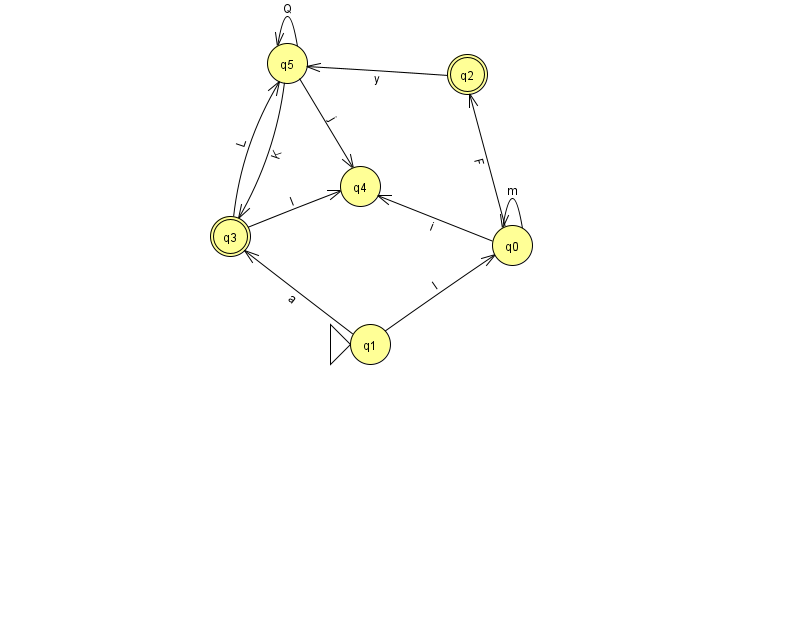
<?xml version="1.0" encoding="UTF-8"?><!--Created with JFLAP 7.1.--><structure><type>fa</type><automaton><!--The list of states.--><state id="0" name="q0"><x>512.0</x><y>232.0</y></state><state id="1" name="q1"><x>370.0</x><y>331.0</y><initial/></state><state id="2" name="q2"><x>467.0</x><y>61.0</y><final/></state><state id="3" name="q3"><x>230.0</x><y>223.0</y><final/></state><state id="4" name="q4"><x>360.0</x><y>173.0</y></state><state id="5" name="q5"><x>287.0</x><y>50.0</y></state><!--The list of transitions.--><transition><from>0</from><to>4</to><read>i</read></transition><transition><from>5</from><to>5</to><read>Q</read></transition><transition><from>0</from><to>2</to><read>F</read></transition><transition><from>5</from><to>3</to><read>K</read></transition><transition><from>1</from><to>0</to><read>l</read></transition><transition><from>3</from><to>4</to><read>l</read></transition><transition><from>1</from><to>3</to><read>a</read></transition><transition><from>2</from><to>5</to><read>y</read></transition><transition><from>0</from><to>0</to><read>m</read></transition><transition><from>3</from><to>5</to><read>L</read></transition><transition><from>5</from><to>4</to><read>j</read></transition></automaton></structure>